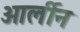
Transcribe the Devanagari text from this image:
ओर्लीन